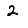
Digit: 2